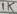
Text: 1K